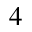
^ 4